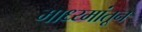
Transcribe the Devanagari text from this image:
माध्य्मांतून